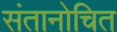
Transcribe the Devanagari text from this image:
संतानोचित